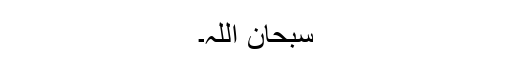
سبحان اللہ۔